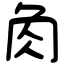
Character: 𧢲